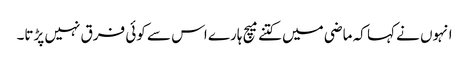
انہوں نے کہا کہ ماضی میں کتنے میچ ہارے اس سے کوئی فرق نہیں پڑتا۔